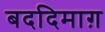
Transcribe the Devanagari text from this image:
बददिमाग़